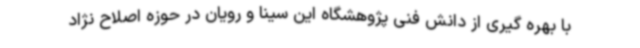
با بهره گیری از دانش فنی پژوهشگاه این سینا و رویان در حوزه اصلاح نژاد